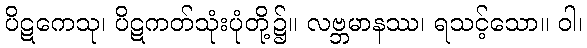
ပိဋကေသု၊ ပိဋကတ်သုံးပုံတို့၌။ လဗ္ဘမာနဿ၊ ရသင့်သော။ ဝါ၊